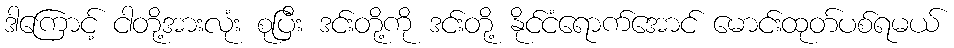
ဒါကြောင့် ငါတို့အားလုံး စုပြီး ဒင်းတို့ကို ဒင်းတို့ နိုင်ငံရောက်အောင် မောင်းထုတ်ပစ်ရမယ်